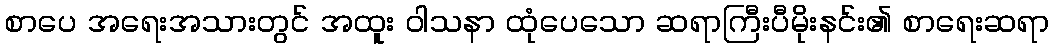
စာပေ အရေးအသားတွင် အထူး ဝါသနာ ထုံပေသော ဆရာကြီးပီမိုးနင်း၏ စာရေးဆရာ